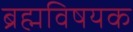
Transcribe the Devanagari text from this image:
ब्रह्मविषयक